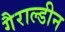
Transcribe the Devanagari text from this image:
गैराल्डीन